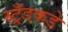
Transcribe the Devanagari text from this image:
स्ट्रँडकडे